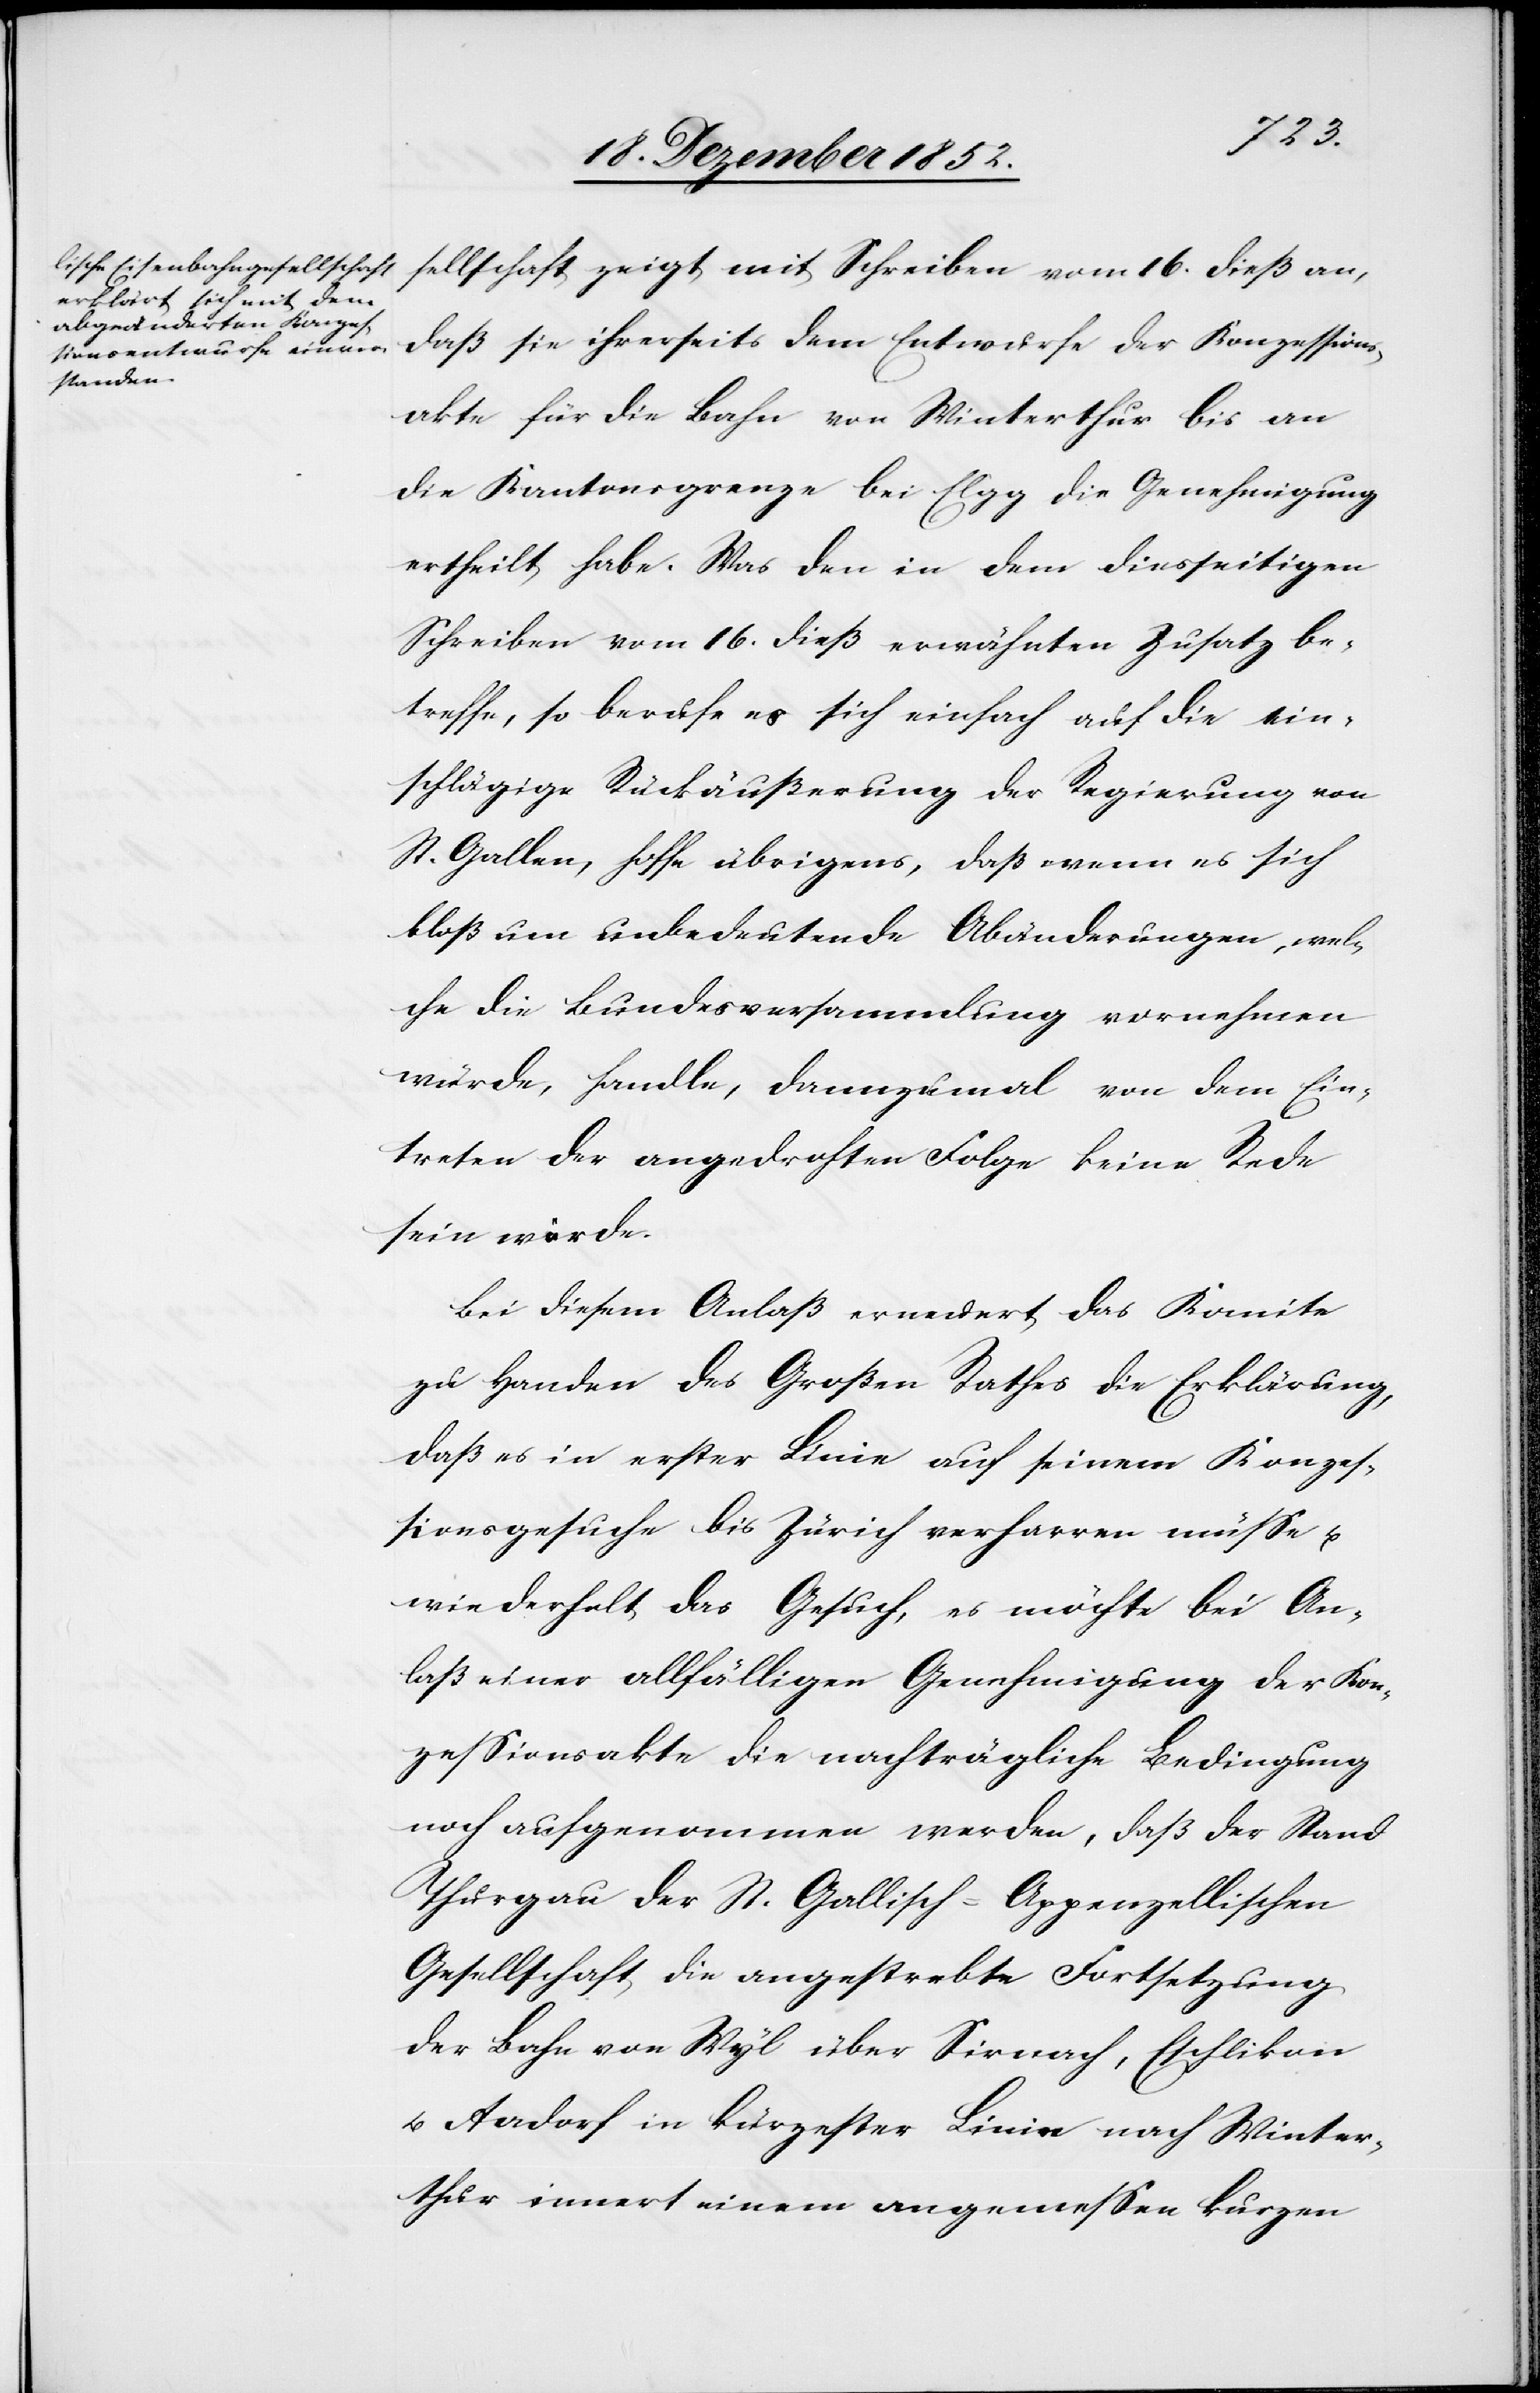
m Entwurfe der Konzessions¬
akte für die Bahn von Winterthur bis an
die Kantonsgrenze bei Elgg die Genehmigung
ertheilt habe. Was den in dem diesseitigen
Schreiben vom 16. dieß erwähnten Zusatz be¬
treffe, so berufe es sich einfach auf die ein¬
schlägige Rückäußerung der Regierung von
St. Gallen, hoffe übrigens, daß wenn es sich
bloß um unbedeutende Abänderungen, wel¬
che die Bundesversammlung vornehmen
würde, handle, dannzumal von dem Ein¬
treten der angedrohten Folge keine Rede
sein würde.
Bei diesem Anlaß erneuert das Komite
zu Handen des Großen Rathes die Erklärung,
daß es in erster Linie auf seinem Konzes¬
sionsgesuche bis Zürich verharren müsse u.
wiederholt das Gesuch, es möchte bei An¬
laß einer allfälligen Genehmigung der Kon¬
zessionsakte die nachträgliche Bedingung
noch aufgenommen werden, daß der Stand
Thurgau der St. Gallisch-Appenzellischen
Gesellschaft die angestrebte Fortsetzung
der Bahn von Wyl über Sirnach, Eschlikon
u. Aadorf in kürzester Linie nach Winter¬
thur innert einem angemessen kurzen